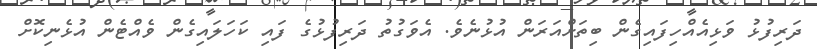
ދަރިފުޅު ވަޅިއެއްހިފައިގެން ބިތަށްއަރަން އުޅުނެވެ. އެވަގުތު ދަރިފުޅުގެ ފައި ކަހަލައިގެން ވެއްޓެން އުޅެނިކޮށް